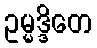
ဥမ္မဒ္ဒိတေ